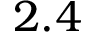
2 . 4